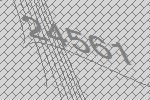
24561